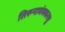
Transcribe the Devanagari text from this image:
तिरुनावंक्करसु